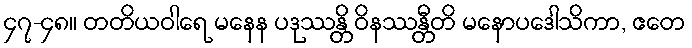
၄၇-၄၈။ တတိယဝါရေ မနေန ပဒုဿန္တိ ဝိနဿန္တီတိ မနောပဒေါသိကာ, ဧတေ